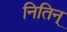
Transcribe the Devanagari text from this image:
नितिन्